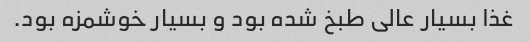
غذا بسیار عالى طبخ شده بود و بسیار خوشمزه بود.